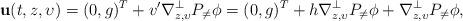
LaTeX: \begin{align*}\mathbf{u}(t,z,\upsilon)=(0,g)^T+v^\prime\nabla _{z,\upsilon }^{\perp }P_{\neq }\phi=(0,g)^T+h\nabla _{z,\upsilon }^{\perp }P_{\neq }\phi+\nabla _{z,\upsilon }^{\perp }P_{\neq }\phi,\end{align*}